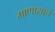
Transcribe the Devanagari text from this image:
माणासाचे